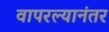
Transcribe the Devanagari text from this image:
वापरल्यानंतर